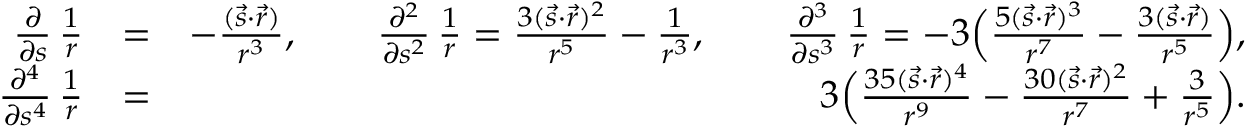
\begin{array} { r l r } { \frac { \partial } { \partial { s } } \, \frac { 1 } { r } } & { = } & { - \frac { ( { \vec { s } } \cdot { \vec { r } } ) } { r ^ { 3 } } , \qquad \frac { \partial ^ { 2 } } { \partial { s } ^ { 2 } } \, \frac { 1 } { r } = \frac { 3 ( { \vec { s } } \cdot { \vec { r } } ) ^ { 2 } } { r ^ { 5 } } - \frac { 1 } { r ^ { 3 } } , \qquad \frac { \partial ^ { 3 } } { \partial { s } ^ { 3 } } \, \frac { 1 } { r } = - 3 \Big ( \frac { 5 ( { \vec { s } } \cdot { \vec { r } } ) ^ { 3 } } { r ^ { 7 } } - \frac { 3 ( { \vec { s } } \cdot { \vec { r } } ) } { r ^ { 5 } } \Big ) , } \\ { \frac { \partial ^ { 4 } } { \partial { s ^ { 4 } } } \, \frac { 1 } { r } } & { = } & { 3 \Big ( \frac { 3 5 ( { \vec { s } } \cdot { \vec { r } } ) ^ { 4 } } { r ^ { 9 } } - \frac { 3 0 ( { \vec { s } } \cdot { \vec { r } } ) ^ { 2 } } { r ^ { 7 } } + \frac { 3 } { r ^ { 5 } } \Big ) . } \end{array}